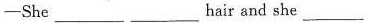
— She ___ ___ hair and she ___